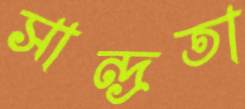
সান্দ্রতা